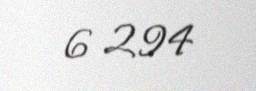
6 294